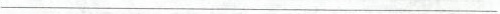
___